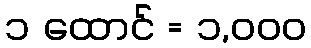
၁ ထောင် = ၁,၀၀၀